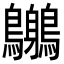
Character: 𪈨